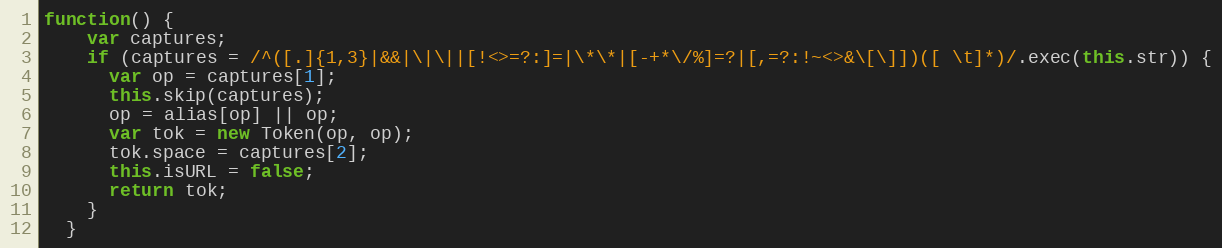
Language: JavaScript
function() {
    var captures;
    if (captures = /^([.]{1,3}|&&|\|\||[!<>=?:]=|\*\*|[-+*\/%]=?|[,=?:!~<>&\[\]])([ \t]*)/.exec(this.str)) {
      var op = captures[1];
      this.skip(captures);
      op = alias[op] || op;
      var tok = new Token(op, op);
      tok.space = captures[2];
      this.isURL = false;
      return tok;
    }
  }